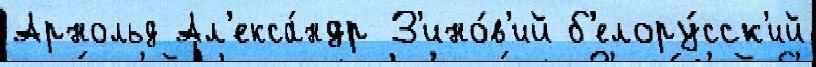
Арнольд Ал'екса́ндр З'ино́в'ий б'елору́сск'ий